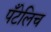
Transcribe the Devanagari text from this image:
पँटेलिच